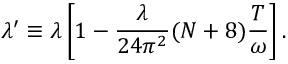
\lambda ^ { \prime } \equiv \lambda \left[ 1 - \frac { \lambda } { 2 4 \pi ^ { 2 } } ( N + 8 ) \frac { T } { \omega } \right] .